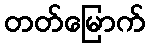
တတ်မြောက်